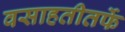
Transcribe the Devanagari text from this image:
वसाहतीतर्फे